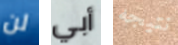
لن أبي نتيجه